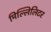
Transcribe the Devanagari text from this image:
मिल्लिलिटर